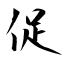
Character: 促